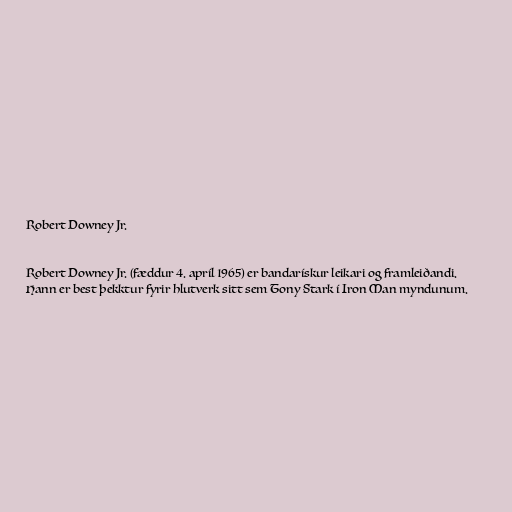
Robert Downey Jr.

Robert Downey Jr. (fæddur 4. apríl 1965) er bandarískur leikari og framleiðandi.
Hann er best þekktur fyrir hlutverk sitt sem Tony Stark í Iron Man myndunum.